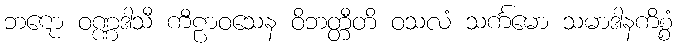
ဘဋော ဝဏ္ဏဒါသီ ကီဠာဝသေန ဝိဘတ္တီတိ ဝသလံ သင်္ကမော သမာဒါနကိစ္စံ